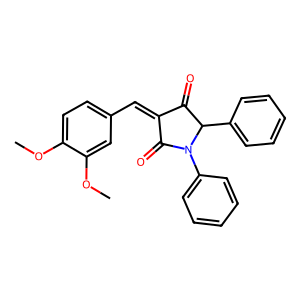
SMILES: COc1ccc(C=C2C(=O)C(c3ccccc3)N(c3ccccc3)C2=O)cc1OC
Inhibits HIV replication: No